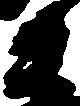
衛